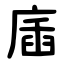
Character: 㢎